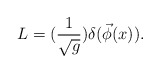
\begin{align*}L=(\frac 1{\sqrt{g}})\delta (\vec \phi (x)).\end{align*}